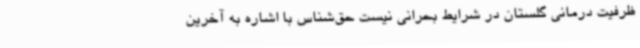
ظرفیت درمانی گلستان در شرایط بحرانی نیست حق‌شناس با اشاره به آخرین